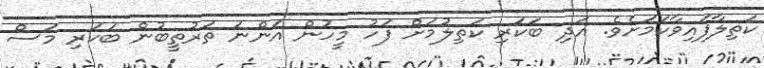
ކަތިލާފައިވާކަމަށެވެ. އަދި ބަކަރި ކަތިލުމަށް ފަހު މީހުން އަންނަ ތަރުތީބުން ބަކަރި މަސް